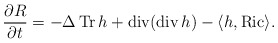
\begin{align*}\frac{\partial R}{\partial t}=-\Delta\operatorname{Tr}h+\operatorname{div}(\operatorname{div} h)-\langle h,\operatorname{Ric}\rangle .\end{align*}